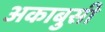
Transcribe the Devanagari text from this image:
अकाबुसी